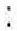
: